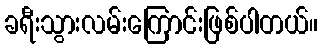
ခရီးသွားလမ်းကြောင်းဖြစ်ပါတယ်။